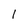
Character: l